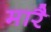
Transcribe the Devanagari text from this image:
मारै